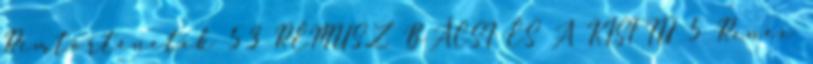
Rémtörténetek 53 RÉMUSZ BÁCSI ÉS A KISFIÚ 5 Renee